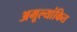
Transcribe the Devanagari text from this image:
अमूल्यांकित